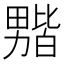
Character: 𫦻